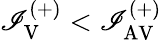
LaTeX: \mathscr{I}_{\mathrm{{V}}}^{(+)}<\mathscr{I}_{\mathrm{{AV}}}^{(+)}